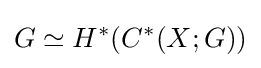
G\simeq H^{*}(C^{*}(X;G))